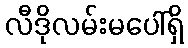
လီဒိုလမ်းမပေါ်ရှိ